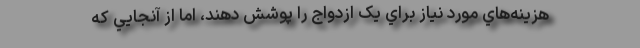
هزينه‌هاي مورد نياز براي يک ازدواج را پوشش دهند، اما از آنجايي كه